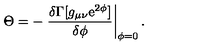
\Theta = - \left. \frac { \delta \Gamma [ g _ { \mu \nu } \mathrm { e } ^ { 2 \phi } ] } { \delta \phi } \right| _ { \phi = 0 } .